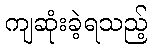
ကျဆုံးခဲ့ရသည့်